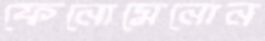
ফেনোমেনোন